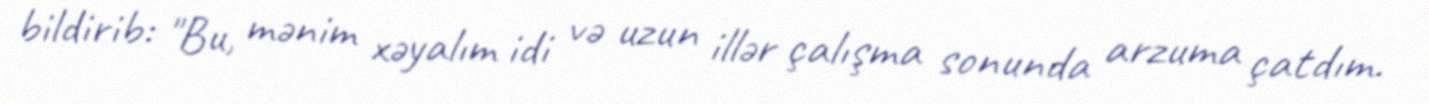
bildirib: "Bu, mənim xəyalım idi və uzun illər çalışma sonunda arzuma çatdım.